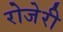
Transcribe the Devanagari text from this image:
रोजेरी